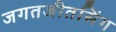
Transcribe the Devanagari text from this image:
जगतजीतसिंग